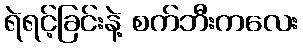
ရဲရင့်ခြင်းနဲ့ စက်ဘီးကလေး